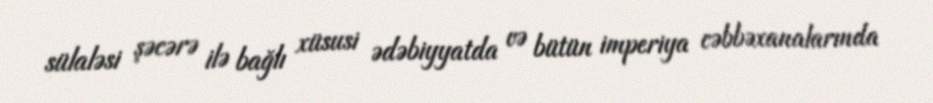
sülaləsi şəcərə ilə bağlı xüsusi ədəbiyyatda və bütün imperiya cəbbəxanalarında